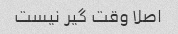
اصلا وقت گیر نیست